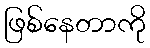
ဖြစ်နေတာကို